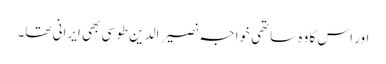
اور اس کا وہ ساتھی خواجہ نصیر الدین طوسی بھی ایرانی تھا۔